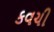
કવચી